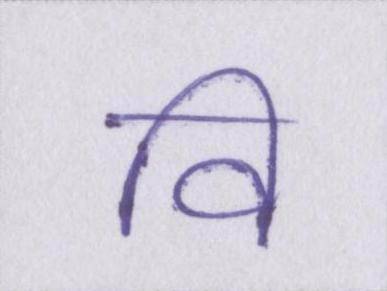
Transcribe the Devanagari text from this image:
वि